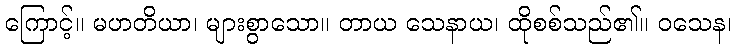
ကြောင့်။ မဟတိယာ၊ များစွာသော။ တာယ သေနာယ၊ ထိုစစ်သည်၏။ ဝသေန၊